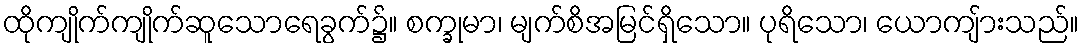
ထိုကျိုက်ကျိုက်ဆူသောရေခွက်၌။ စက္ခုမာ၊ မျက်စိအမြင်ရှိသော။ ပုရိသော၊ ယောကျ်ားသည်။